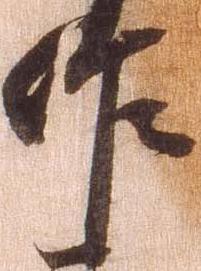
作